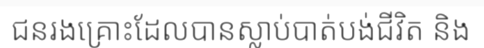
ជនរងគ្រោះដែលបានស្លាប់បាត់បង់ជីវិត និង